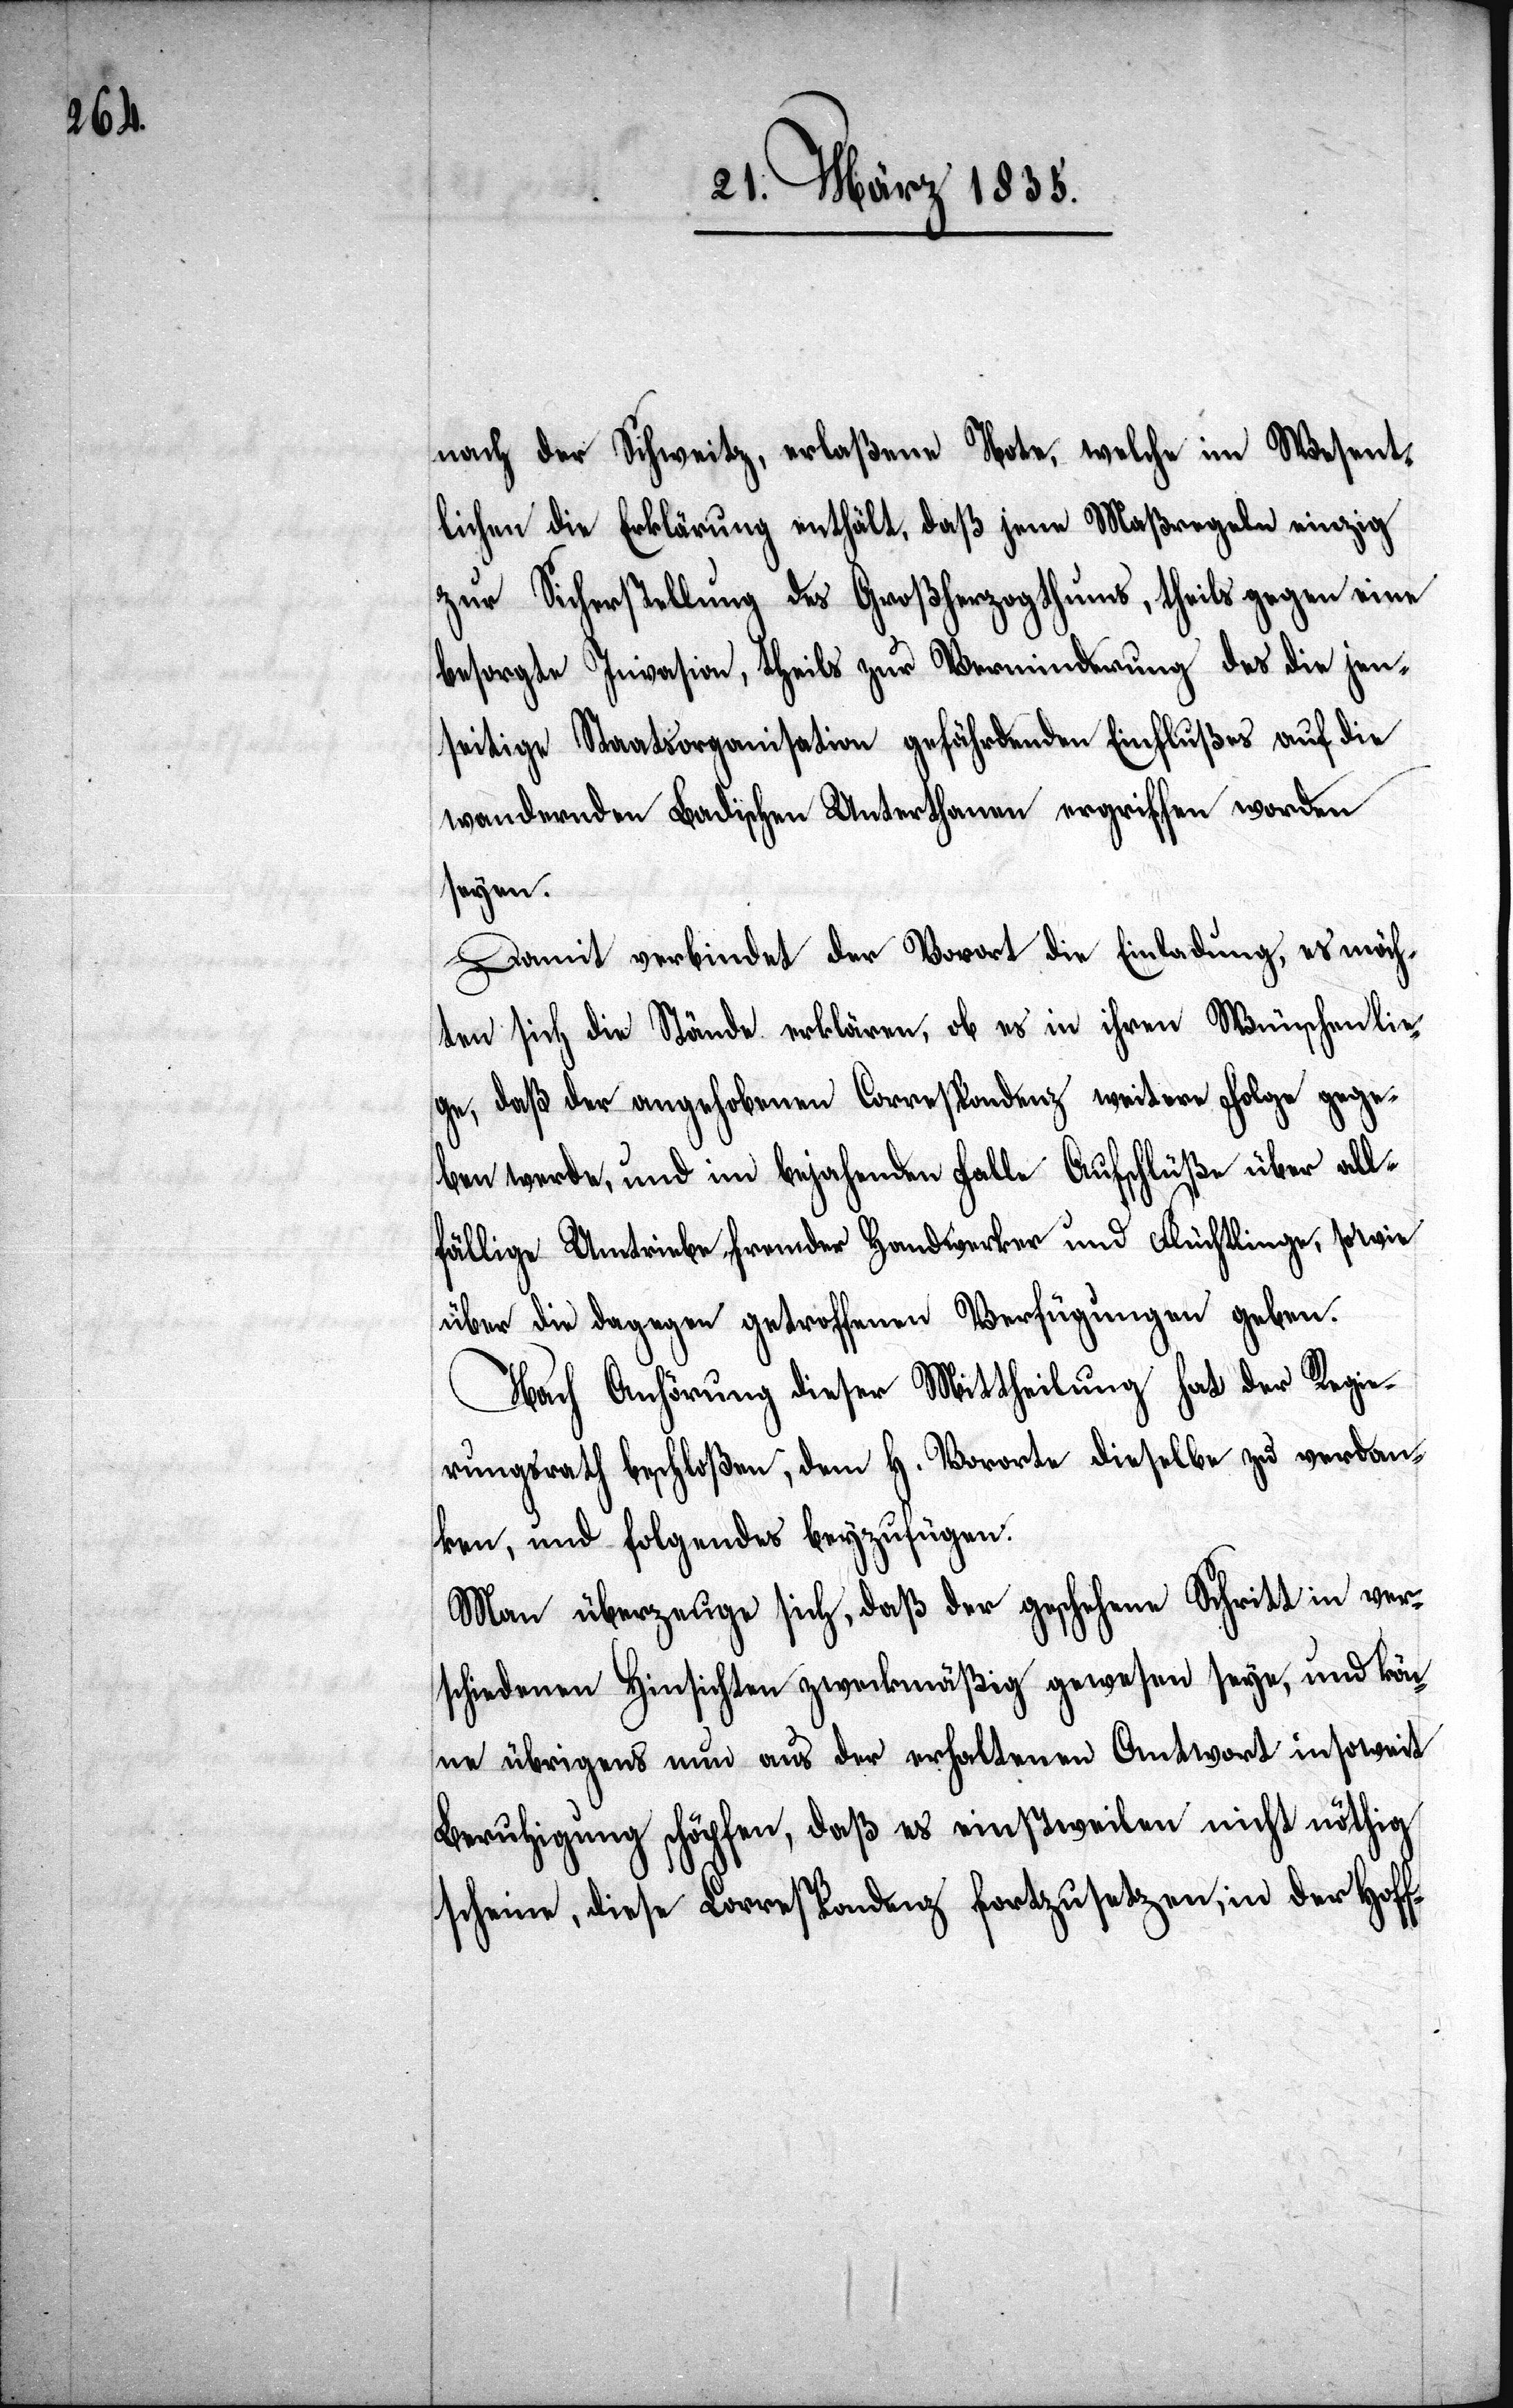
nach der Schweitz, erlaßene Note, welche im Wesent¬
lichen die Erklärung enthält, daß jene Maßregeln einzig
zu Sicherstellung des Großherzogthums, theils gegen eine
besorgte Invasion, theils zur Verminderung des die jen¬
seitige Staatsorganisation gefährdenden Einflußes auf die
wandernden Badischen Unterthanen ergriffen worden
seyen.
Damit verbindet der Vorort die Einladung, es möch¬
ten sich die Stände erklären, ob es in ihren Wünschen lie¬
ge, daß der angehobenen Correspondenz weitere Folge gege¬
ben werde, und im bejahenden Falle Aufschlüße über all¬
fällige Umtriebe fremder Handwerker und Flüchtlinge, so wie
über die dagegen getroffenen Verfügungen geben.
Nach Anhörung dieser Mittheilung hat der Regie¬
rungsrath beschloßen, dem H. Vororte dieselbe zu verdan¬
ken, und folgendes beyzufügen:
Man überzeuge sich, daß der geschehene Schritt in ver¬
schiedenen Hinsichten zweckmäßig gewesen seye, und kön¬
ne übrigens nun aus der erhaltenen Antwort insoweit
Beruhigung schöpfen, daß es einstweilen nicht nöthig
scheine, diese Correspondenz fortzusetzen, in der Hoff-